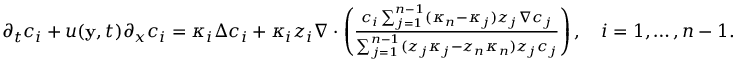
\begin{array} { r l } & { \partial _ { t } c _ { i } + u ( \mathbf { y } , t ) \partial _ { x } c _ { i } = \kappa _ { i } \Delta c _ { i } + \kappa _ { i } z _ { i } \nabla \cdot \left( \frac { c _ { i } \sum _ { j = 1 } ^ { n - 1 } ( \kappa _ { n } - \kappa _ { j } ) z _ { j } \nabla c _ { j } } { \sum _ { j = 1 } ^ { n - 1 } ( z _ { j } \kappa _ { j } - z _ { n } \kappa _ { n } ) z _ { j } c _ { j } } \right) , \quad i = 1 , \hdots , n - 1 . } \end{array}